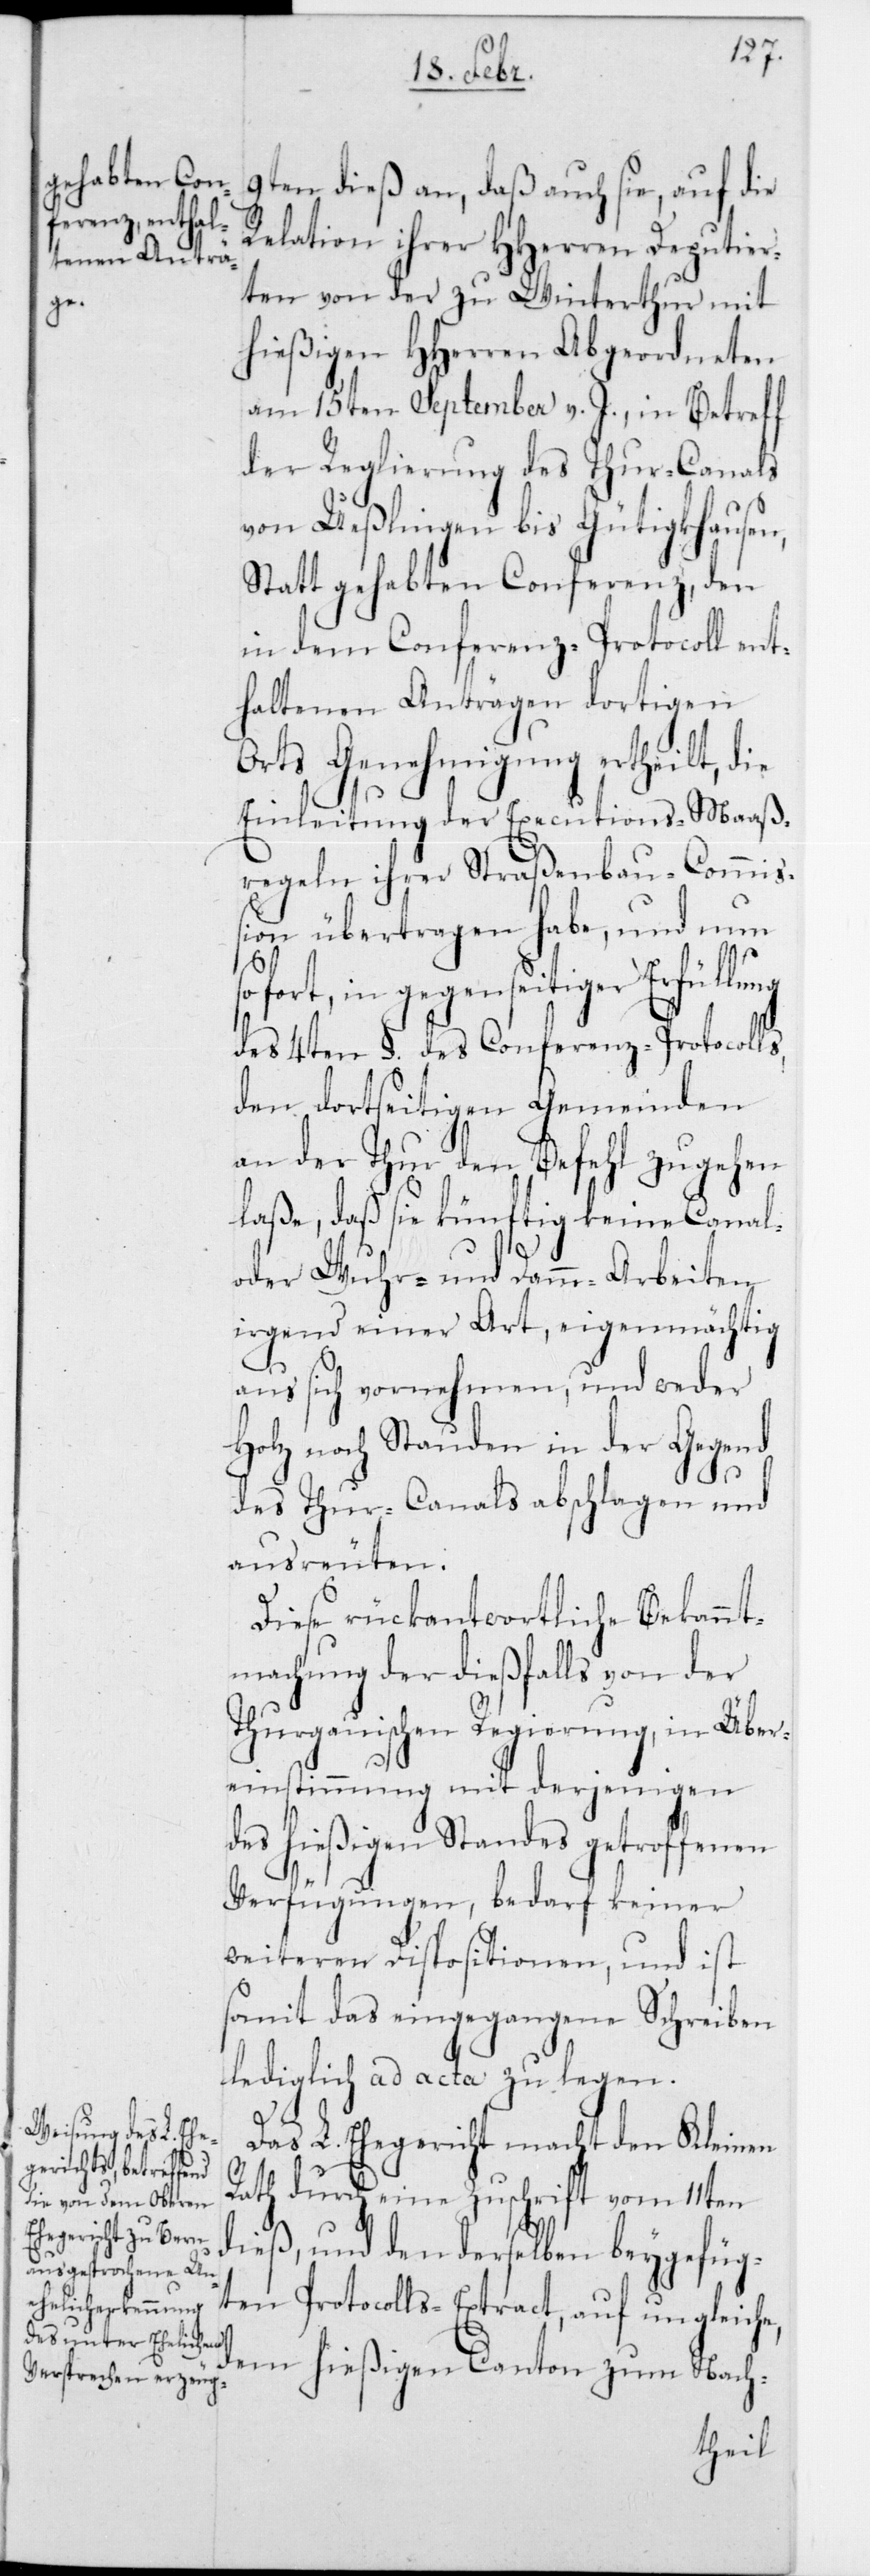
9ten dieß an, daß auch sie, auf die
Relation ihrer HHerren Deputier¬
ten von der zu Winterthur mit
hießigen HHerren Abgeordneten
am 15ten September v. J., in Betreff
der Reglierung des Thur-Canals
von Ueßlingen bis Gütigkhausen,
statt gehabten Conferenz, den
in dem Conferenz-Protocoll ent¬
haltenen Anträgen dortigen
Orts Genehmigung ertheilt, die
Einleitung der Executions-Maaß¬
regeln ihrer Straßenbau-Commiß¬
ion übertragen habe, und nun
ofort, in gegenseitiger Erfüllung
des 4ten § des Conferenz-Protocoll¬
den dortseitigen Gemeinden
an der Thur den Befehl zugehen
laße, daß sie künftig keine Canal-
oder Wuhr- und Damm-Arbeiten
irgend einer Art, eigenmächtig
aus sich vornehmen, und weder
Holz noch Stauden in der Gegend
des Thur-Canals abschlagen und
ausreuten.
Diese rückantwortliche Bekannt¬
machung der dießfalls von der
Thurgauischen Regierung, in Über¬
einstimmung mit derjenigen
des hießigen Standes getroffenen
Verfügungen, bedarf keiner
weiteren Dispositionen, und ist
somit das eingegangene Schreiben
lediglich ad acta zu legen.
s,
Das L. Ehegericht macht den Kleinen
Rath durch eine Zuschrift vom 11ten
dieß, und den derselben beygefüg¬
ten Protocolls-Extract, auf ungleiche,
dem hießigen Canton zum Nach-